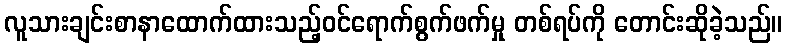
လူသားချင်းစာနာထောက်ထားသည့်ဝင်ရောက်စွက်ဖက်မှု တစ်ရပ်ကို တောင်းဆိုခဲ့သည်။